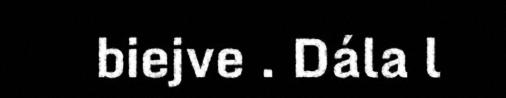
biejve . Dála l